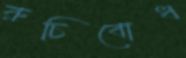
রুচিবোধ